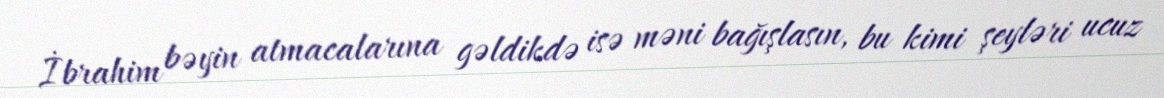
İbrahim bəyin atmacalarına gəldikdə isə məni bağışlasın, bu kimi şeyləri ucuz